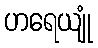
ဟရေယျုံ